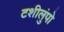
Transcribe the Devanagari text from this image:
टशीलुंपो